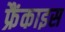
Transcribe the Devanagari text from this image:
फ्रैंकाइस